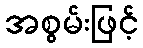
အစွမ်းဖြင့်